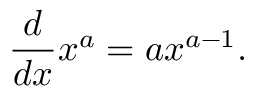
{ \frac { d } { d x } } x ^ { a } = a x ^ { a - 1 } .